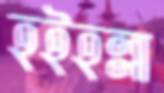
হইহল্লা